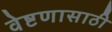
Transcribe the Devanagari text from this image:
वेष्टणासाठी